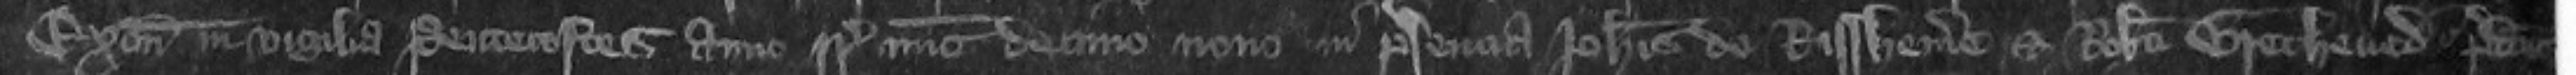
Exonie in vigilia Pentecostes anno regni Regis nunc decimo nono in presencia Johannis de Billhembe et Roberti Grethened predictos